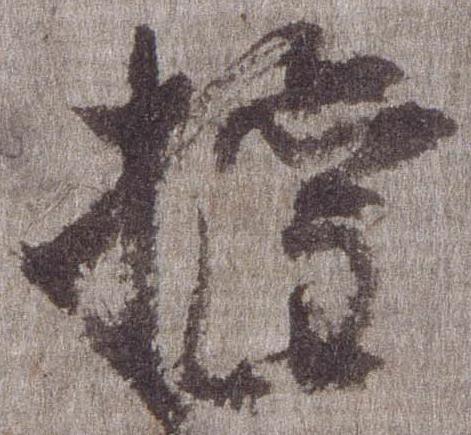
権